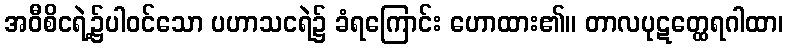
အဝီစိငရဲ့၌ပါဝင်သော ပဟာသငရဲ၌ ခံရကြောင်း ဟောထား၏။ တာလပုဋတ္ထေရဂါထာ၊